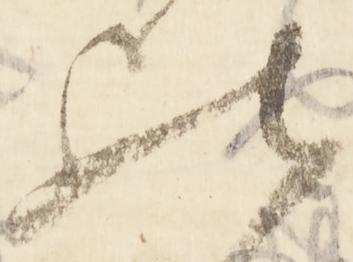
比